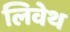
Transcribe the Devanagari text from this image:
लिवेथ